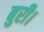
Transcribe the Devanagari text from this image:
बुरी।